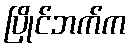
ပြိုင်ဘက်က